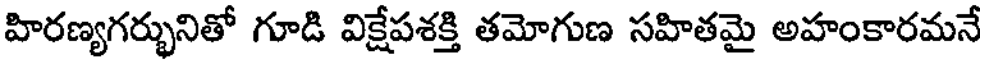
హిరణ్యగర్భునితో గూడి విక్షేపశక్తి తమోగుణ సహితమై అహంకారమనే